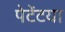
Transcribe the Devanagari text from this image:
पेटेंटया